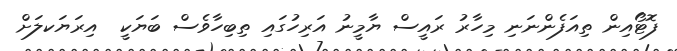
ފޮޓޯއިން ތިއަފެންނަނި މިހާރު ރައީސް ޔާމީނު އަރިހުގައި ތިބިހާވެސް ބަޔަކީ  އިރަޔަކލަށް